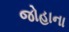
જોહાના